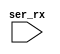
// SPDX-FileCopyrightText: Copyright (C) 2017  Clifford Wolf <clifford@clifford.at>
//
// Licensed under the Apache License, Version 2.0 (the "License");
// you may not use this file except in compliance with the License.
// You may obtain a copy of the License at
//
//      http://www.apache.org/licenses/LICENSE-2.0
//
// Unless required by applicable law or agreed to in writing, software
// distributed under the License is distributed on an "AS IS" BASIS,
// WITHOUT WARRANTIES OR CONDITIONS OF ANY KIND, either express or implied.
// See the License for the specific language governing permissions and
// limitations under the License.
// SPDX-License-Identifier: Apache-2.0

`default_nettype none
/*
 *  PicoSoC - A simple example SoC using PicoRV32
 *
 *  Copyright (C) 2017  Clifford Wolf <clifford@clifford.at>
 *
 *  Permission to use, copy, modify, and/or distribute this software for any
 *  purpose with or without fee is hereby granted, provided that the above
 *  copyright notice and this permission notice appear in all copies.
 *
 *  THE SOFTWARE IS PROVIDED "AS IS" AND THE AUTHOR DISCLAIMS ALL WARRANTIES
 *  WITH REGARD TO THIS SOFTWARE INCLUDING ALL IMPLIED WARRANTIES OF
 *  MERCHANTABILITY AND FITNESS. IN NO EVENT SHALL THE AUTHOR BE LIABLE FOR
 *  ANY SPECIAL, DIRECT, INDIRECT, OR CONSEQUENTIAL DAMAGES OR ANY DAMAGES
 *  WHATSOEVER RESULTING FROM LOSS OF USE, DATA OR PROFITS, WHETHER IN AN
 *  ACTION OF CONTRACT, NEGLIGENCE OR OTHER TORTIOUS ACTION, ARISING OUT OF
 *  OR IN CONNECTION WITH THE USE OR PERFORMANCE OF THIS SOFTWARE.
 *
 */

`timescale 1 ns / 1 ps

/* tbuart --- mimic an external UART display, operating at 9600 baud	*/
/* and accepting ASCII characters for display.				*/

/* To do:  Match a known UART 3.3V 16x2 LCD display.  However, it	*/
/* should be possible on a testing system to interface to the UART	*/
/* pins on a Raspberry Pi, also running at 3.3V.			*/

module tbuart (
	input  ser_rx
);
	reg [3:0] recv_state;
	reg [2:0] recv_divcnt;
	reg [7:0] recv_pattern;
	reg [8*50-1:0] recv_buf_data;	// 50 characters.  Increase as needed for tests.

	reg clk;

	initial begin
		clk <= 1'b0;
		recv_state <= 0;
		recv_divcnt <= 0;
		recv_pattern <= 0;
		recv_buf_data <= 0;
	end

	// NOTE:  Running at 3.0us clock period @ 5 clocks per bit = 15.0us per
	// bit ~= 64 kbaud. Not tuned to any particular UART.  Most run at
	// 9600 baud default and will bounce up to higher baud rates when
	// passed specific command words.

	always #1500 clk <= (clk === 1'b0);

	always @(posedge clk) begin
		recv_divcnt <= recv_divcnt + 1;
		case (recv_state)
			0: begin
				if (!ser_rx)
					recv_state <= 1;
				recv_divcnt <= 0;
			end
			1: begin
				if (2*recv_divcnt > 3'd3) begin
					recv_state <= 2;
					recv_divcnt <= 0;
				end
			end
			10: begin
				if (recv_divcnt > 3'd3) begin
					// 0x0a = '\n'
					if (recv_pattern == 8'h0a) begin
						$display("output: %s", recv_buf_data);
					end else begin
						recv_buf_data <= {recv_buf_data, recv_pattern};
					end
					recv_state <= 0;
				end
			end
			default: begin
				if (recv_divcnt > 3'd3) begin
					recv_pattern <= {ser_rx, recv_pattern[7:1]};
					recv_state <= recv_state + 1;
					recv_divcnt <= 0;
				end
			end
		endcase
	end

endmodule